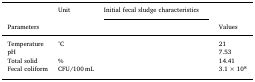
|  | <ROWSPAN=2> Unit | <COLSPAN=2> Initial fecal sludge characteristics |  |
 | Parameters |  |  | Values |
 | --- | --- | --- | --- | --- |
 | Temperature | °C |  |  | 21 |
 | pH |  |  |  | 7.53 |
 | Total solid | % |  |  | 14.41 |
 | Fecal coliform | CFU/100 mL |  |  | 3.1 × 108 |